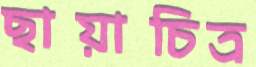
ছায়াচিত্র